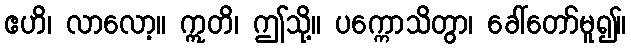
ဧဟိ၊ လာလော့။ ဣတိ၊ ဤသို့။ ပက္ကောသိတွာ၊ ခေါ်တော်မူ၍။